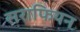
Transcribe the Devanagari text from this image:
सराफियन